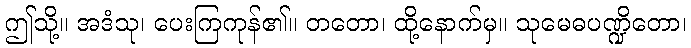
ဤသို့။ အဒံသု၊ ပေးကြကုန်၏။ တတော၊ ထို့နောက်မှ။ သုမေဓပဏ္ဍိတော၊